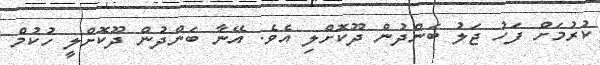
ކުރުމަށް ފަހު ޖަލު ބަންދުން ދޫކޮށްލި އެވެ. އޭނާ ބަންދުން ދޫކޮށްލީ ހުކުމް